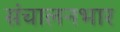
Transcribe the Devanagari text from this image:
संचालनभार